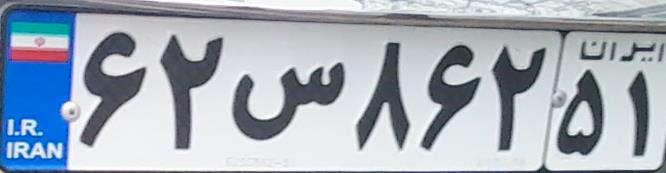
۶۲س۸۶۲۵۱